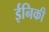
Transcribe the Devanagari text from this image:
ईनिकी